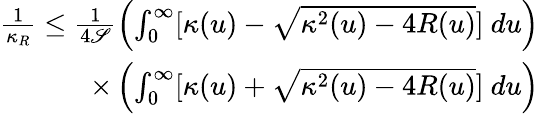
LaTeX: \begin{array}{r}{\frac{1}{\kappa_{R}}\leq\frac{1}{4\mathscr{S}}\left(\int_{0}^{\infty}[\kappa(u)-\sqrt{\kappa^{2}(u)-4R(u)}]~du\right)}\\ {\times\left(\int_{0}^{\infty}[\kappa(u)+\sqrt{\kappa^{2}(u)-4R(u)}]~du\right)}\end{array}